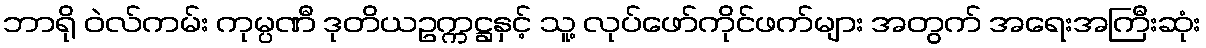
ဘာရို ဝဲလ်ကမ်း ကုမ္ပဏီ ဒုတိယဥက္ကဋ္ဌနှင့် သူ့ လုပ်ဖော်ကိုင်ဖက်များ အတွက် အရေးအကြီးဆုံး